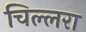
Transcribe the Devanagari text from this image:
चिल्लरा